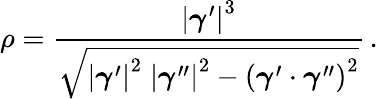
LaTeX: \rho={\frac{\left|{\boldsymbol{\gamma}}^{\prime}\right|^{3}}{\sqrt{\left|{\boldsymbol{\gamma}}^{\prime}\right|^{2}\; \left|{\boldsymbol{\gamma}}^{\prime\prime}\right|^{2}-\left({\boldsymbol{\gamma}}^{\prime}\cdot{\boldsymbol{\gamma}}^{\prime\prime}\right)^{2}}}}\, .